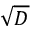
\sqrt { D }